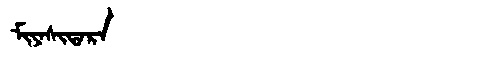
Manchu: ᠮᡳᠶᠠᠰᡳᡨᠠᡵᠠ
Romanization: MIYASITARA